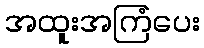
အထူးအကြံပေး